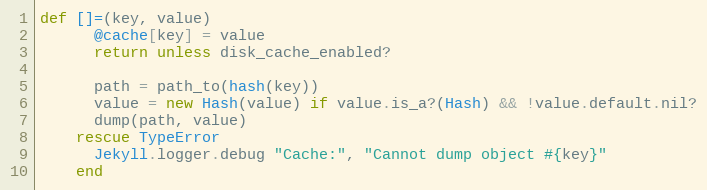
Language: Ruby
def []=(key, value)
      @cache[key] = value
      return unless disk_cache_enabled?

      path = path_to(hash(key))
      value = new Hash(value) if value.is_a?(Hash) && !value.default.nil?
      dump(path, value)
    rescue TypeError
      Jekyll.logger.debug "Cache:", "Cannot dump object #{key}"
    end